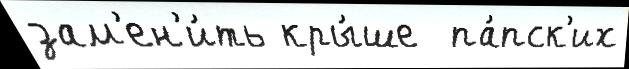
зам'ен'и́ть кры́ше  па́пск'их